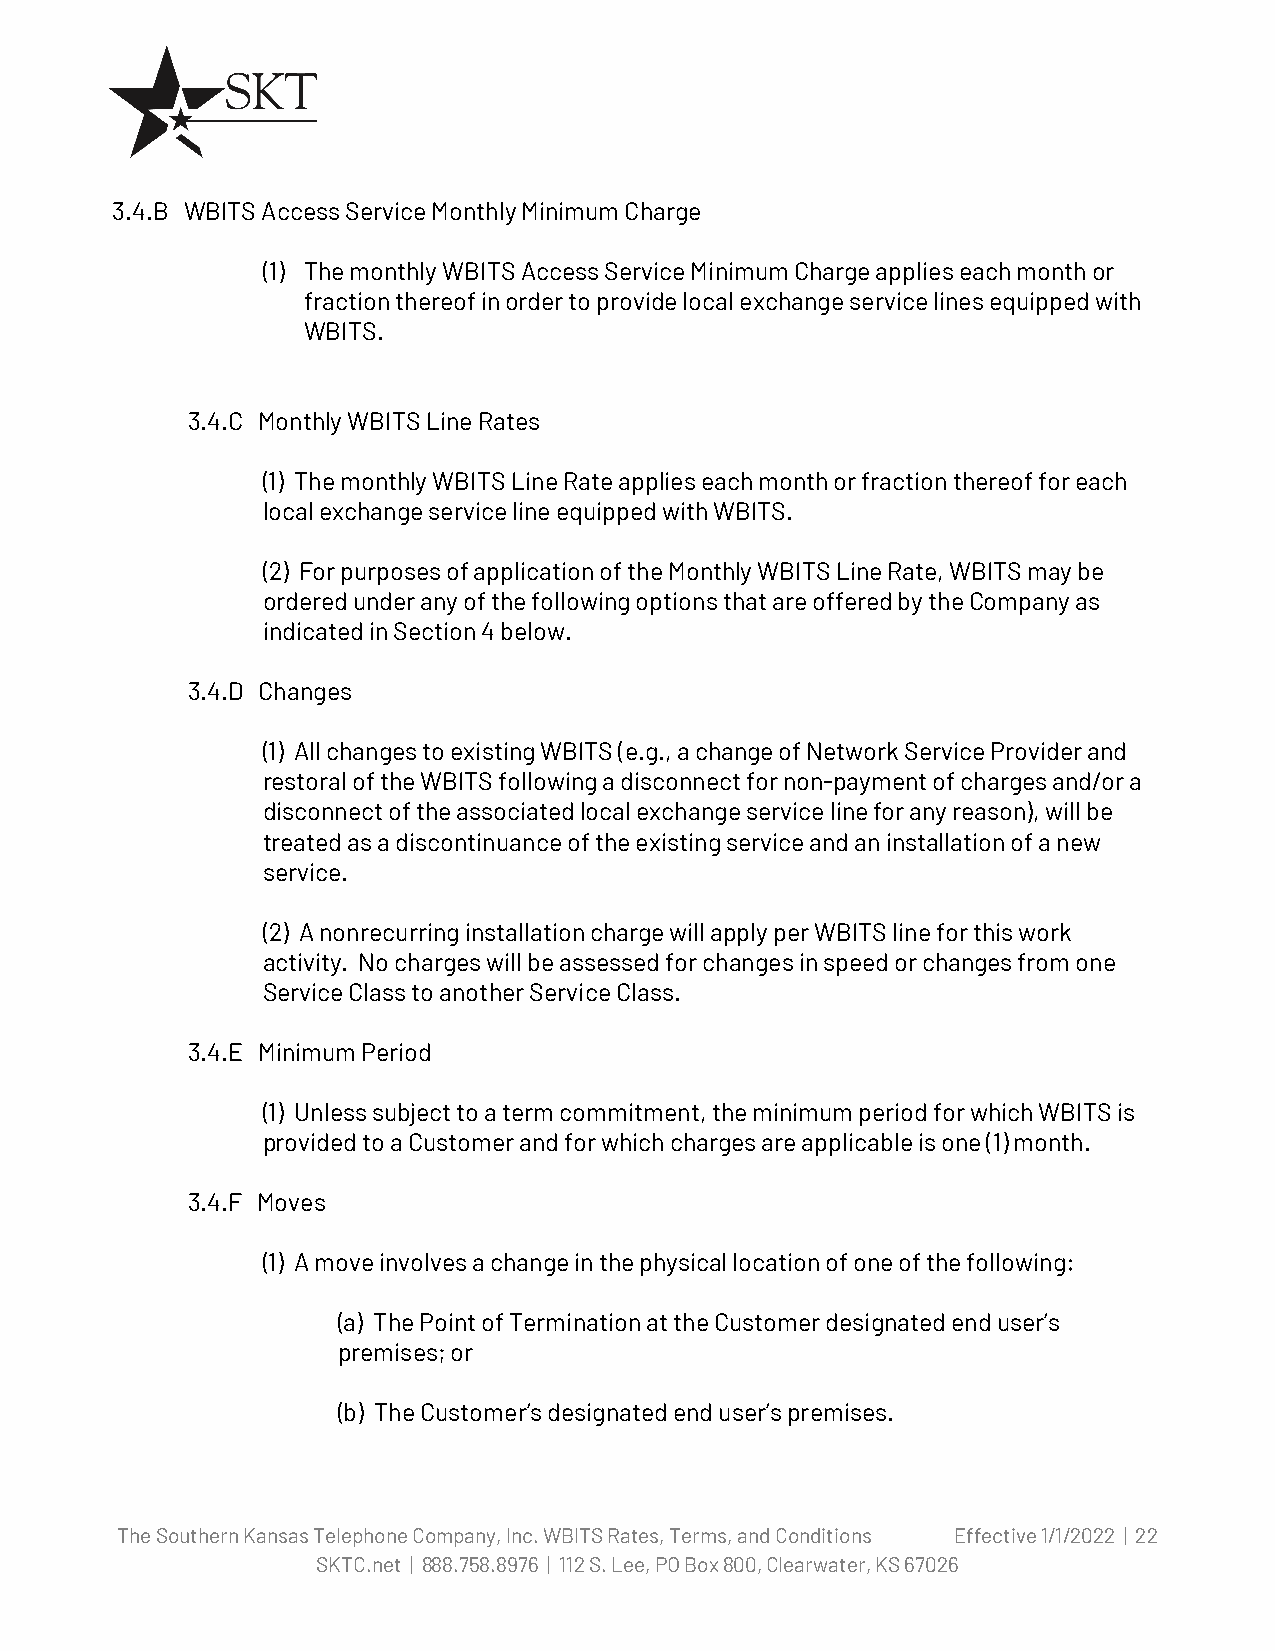
3.4.B WBITS Access Service Monthly Minimum Charge
 (1) The monthly WBITS Access Service Minimum Charge applies each month or
 fraction thereof in order to provide local exchange service lines equipped with
 WBITS.
 3.4.C Monthly WBITS Line Rates
 (1) The monthly WBITS Line Rate applies each month or fraction thereof for each
 local exchange service line equipped with WBITS.
 (2) For purposes of application of the Monthly WBITS Line Rate, WBITS may be
 ordered under any of the following options that are offered by the Company as
 indicated in Section 4 below.
 3.4.D Changes
 (1) All changes to existing WBITS (e.g., a change of Network Service Provider and
 restoral of the WBITS following a disconnect for non-payment of charges and/or a
 disconnect of the associated local exchange service line for any reason), will be
 treated as a discontinuance of the existing service and an installation of a new
 service.
 (2) A nonrecurring installation charge will apply per WBITS line for this work
 activity. No charges will be assessed for changes in speed or changes from one
 Service Class to another Service Class.
 3.4.E Minimum Period
 (1) Unless subject to a term commitment, the minimum period for which WBITS is
 provided to a Customer and for which charges are applicable is one (1) month.
 3.4.F Moves
 (1) A move involves a change in the physical location of one of the following:
 (a) The Point of Termination at the Customer designated end user’s
 premises; or
 (b) The Customer’s designated end user’s premises.
 The Southern Kansas Telephone Company, Inc. WBITS Rates, Terms, and Conditions Effective 1/1/2022 | 22
 SKTC.net | 888.758.8976 | 112 S. Lee, PO Box 800, Clearwater, KS 67026